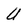
Character: U